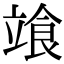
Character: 𩚷